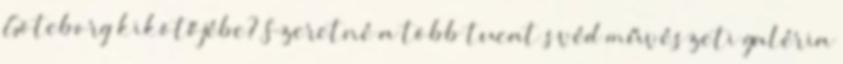
Göteborg kikötőjébe? Szeretné a több tucat svéd művészeti galéria